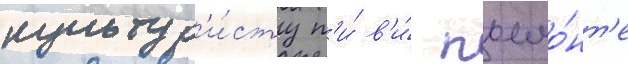
культур'и́сту п'и́ в'и́ пьемо́нт'е